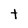
Character: t